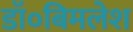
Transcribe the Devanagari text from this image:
डॉ०बिमलेश